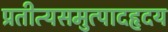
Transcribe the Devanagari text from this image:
प्रतीत्यसमुत्पादहृदय